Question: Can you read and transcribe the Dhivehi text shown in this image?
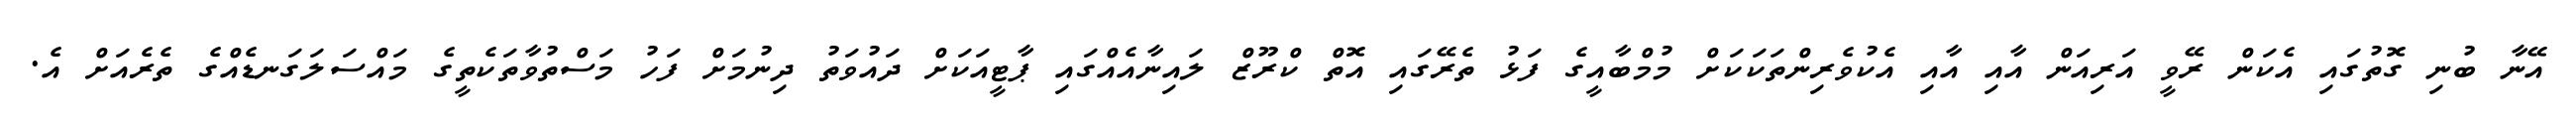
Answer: އޭނާ ބުނި ގޮތުގައި އެކަން ރޭވީ އަރިއަން އާއި އާއި އެކުވެރިންތަކަކަށް މުމްބާއީގެ ފަޅު ތެރޭގައި އޮތް ކްރޫޒް ލައިނާއެއްގައި ޕާޓީއަކަށް ދައުވަތު ދިނުމަށް ފަހު މަސްތުވާތަކެތީގެ މައްސަލަގަނޑެއްގެ ތެރެއަށް އެ.